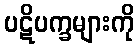
ပဋိပက္ခများကို